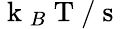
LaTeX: \mathrm{~k~}_{B}\mathrm{~T~/~s~}